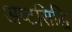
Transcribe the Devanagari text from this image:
अष्टसिद्धि